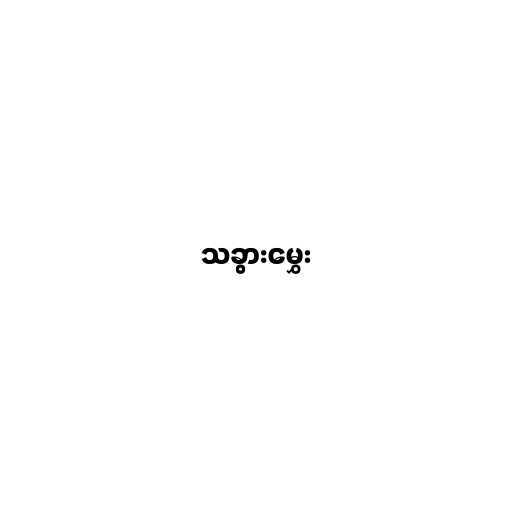
သခွားမွှေး